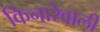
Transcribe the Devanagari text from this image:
किनारेवाली